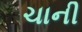
ચાની